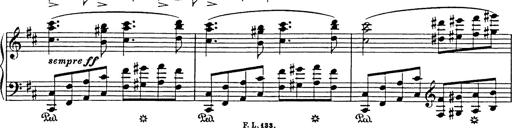
Title: Hungarian Rhapsody No.17
Composer: Franz Liszt
Key: D minor